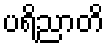
ပရိညာတိ